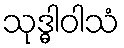
သုဒ္ဓါဝါသံ